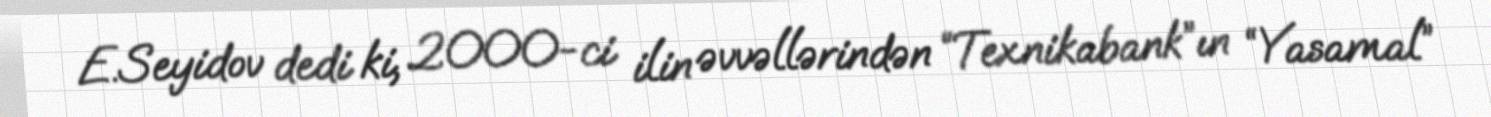
E.Seyidov dedi ki, 2000-ci ilin əvvəllərindən “Texnikabank”ın “Yasamal”